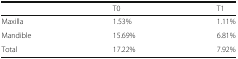
<table><thead><tr><td></td><td><b>T0</b></td><td><b>T1</b></td></tr></thead><tbody><tr><td>Maxilla</td><td>1.53%</td><td>1.11%</td></tr><tr><td>Mandible</td><td>15.69%</td><td>6.81%</td></tr><tr><td>Total</td><td>17.22%</td><td>7.92%</td></tr></tbody></table>